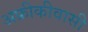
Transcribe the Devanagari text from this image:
अफ्रीकीवासी